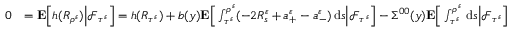
\begin{array} { r l } { 0 } & { = \mathbf { E } \Big [ h ( R _ { \rho ^ { \varepsilon } } ) \Big | \mathscr { F } _ { \tau ^ { \varepsilon } } \Big ] = h ( R _ { \tau ^ { \varepsilon } } ) + b ( y ) \mathbf { E } \Big [ \int _ { \tau ^ { \varepsilon } } ^ { \rho ^ { \varepsilon } } ( - 2 R _ { s } ^ { \varepsilon } + a _ { + } ^ { \varepsilon } - a _ { - } ^ { \varepsilon } ) \, \mathrm { d } s \Big | \mathscr { F } _ { \tau ^ { \varepsilon } } \Big ] - \Sigma ^ { 0 0 } ( y ) \mathbf { E } \Big [ \int _ { \tau ^ { \varepsilon } } ^ { \rho ^ { \varepsilon } } \, \mathrm { d } s \Big | \mathscr { F } _ { \tau ^ { \varepsilon } } \Big ] } \end{array}